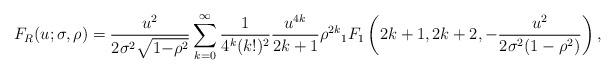
LaTeX: \begin{align*} F_R(u;\sigma,\rho) =\frac{u^2}{2\sigma^2\sqrt{1{-}\rho^2}} \sum_{k{=}0}^\infty\frac1{4^k(k!)^2}\frac{u^{4k}}{2k+1}\rho^{2k}{}_1F_1\left(2k+1,2k+2, -\frac{u^2}{2\sigma^2(1-\rho^2)}\right), \end{align*}